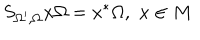
LaTeX: S _ { \Omega ^ { \prime } , \Omega } x \Omega = x ^ { * } \Omega , \, \, x \in M